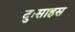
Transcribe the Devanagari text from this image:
दुःसाहस